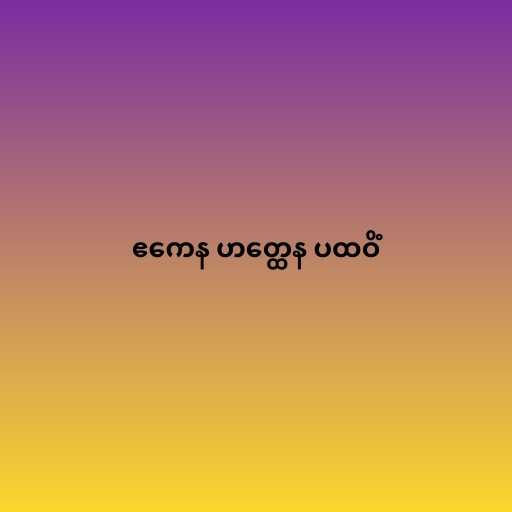
ဧကေန ဟတ္ထေန ပထဝိံ